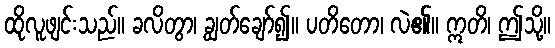
ထိုလူဖျင်းသည်။ ခလိတွာ၊ ချွတ်ချော်၍။ ပတိတော၊ လဲ၏။ ဣတိ၊ ဤသို့။